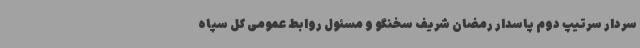
سردار سرتیپ دوم پاسدار رمضان شریف سخنگو و مسئول روابط عمومی کل سپاه